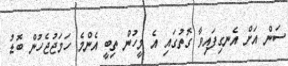
ސަން އަށް އެނގިފައިވާ ގޮތުގައި އެ މީހުން ތިބީ އެންމެ ހަމަޖުޖެހުން ބޮޑު